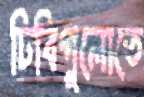
ঢিবিগুলোতে